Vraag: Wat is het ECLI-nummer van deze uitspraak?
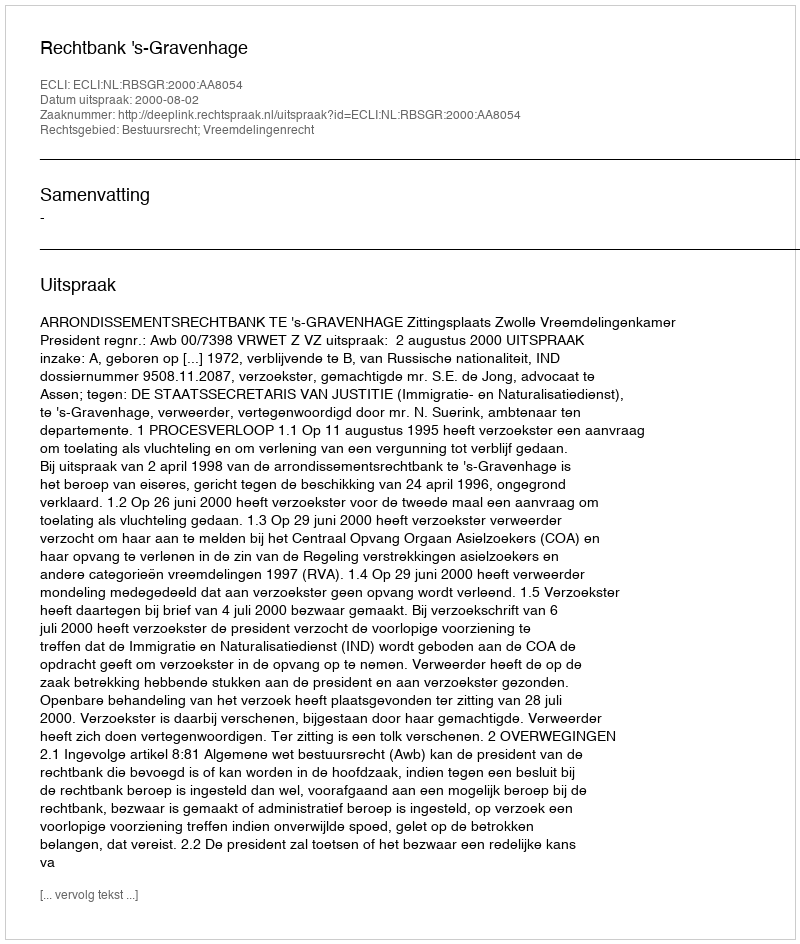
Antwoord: ECLI:NL:RBSGR:2000:AA8054